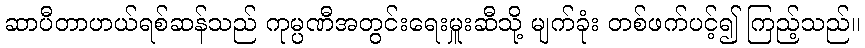
ဆာပီတာဟယ်ရစ်ဆန်သည် ကုမ္ပဏီအတွင်းရေးမှူးဆီသို့ မျက်ခုံး တစ်ဖက်ပင့်၍ ကြည့်သည်။